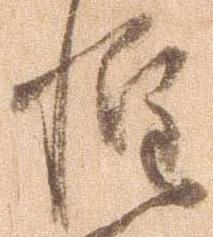
惶